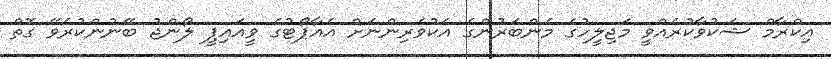
އިކްރާމް ޝަކުވާކުރެއްވީ މަޖިލީހުގެ މެންބަރުންގެ އެކުވެރިންނަށް އެއާޕޯޓުގެ ވީއައިޕީ ލޯންޖު ބޭނުންކުރެވޭ ގޮތް